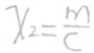
x _ { 2 } = \frac { m } { c }